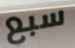
سبع